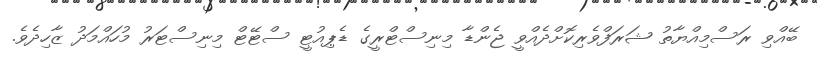
ބޭއްވި ރަސްމިއްޔާތު ޝަރަފްވެރިކޮށްދެއްވީ ޖެންޑާ މިނިސްޓްރީގެ ޑެޕިއުޓީ ސްޓޭޓް މިނިސްޓަރު މުހައްމަދު ޒާހިދެވެ.